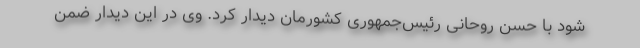
شود با حسن روحانی رئیس‌جمهوری کشورمان دیدار کرد. وی در این دیدار ضمن